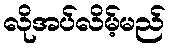
လိုအပ်လိမ့်မည်